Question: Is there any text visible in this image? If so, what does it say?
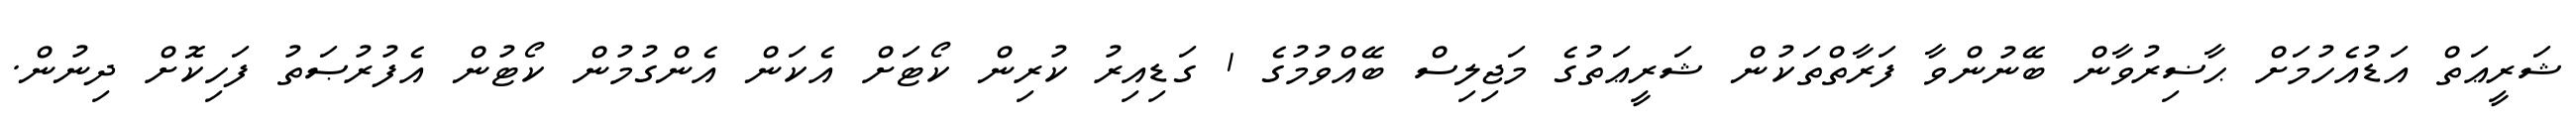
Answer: ޝަރީޢަތް އަޑުއެހުމަށް ޙާޟިރުވާން ބޭނުންވާ ފަރާތްތަކުން ޝަރީޢަތުގެ މަޖިލިސް ބޭއްވުމުގެ 1 ގަޑިއިރު ކުރިން ކޯޓަށް އެކަން އެންގުމުން ކޯޓުން އެފުރުޞަތު ފަހިކޮށް ދިނުން.